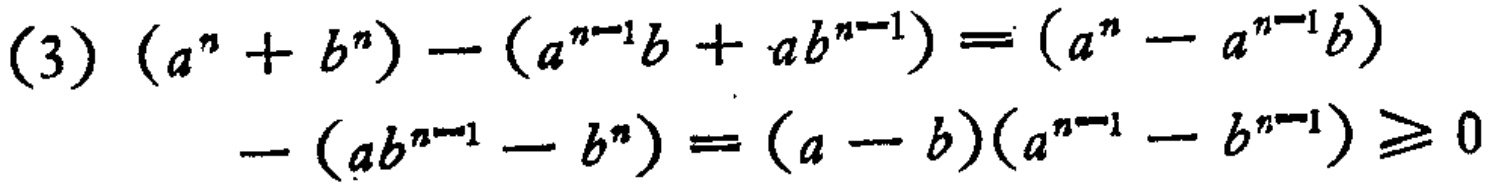
\[
\begin{align*}
(3)\ (a^{n}+b^{n})-(a^{n - 1}b + ab^{n - 1})&=(a^{n}-a^{n - 1}b)\\
-(ab^{n - 1}-b^{n})&=(a - b)(a^{n - 1}-b^{n - 1})\geq0
\end{align*}
\]